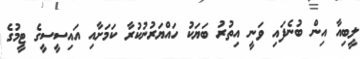
ލީބިއާ އިން ބުނެފައި ވަނީ އިތުރު ބަޔަކު ހައްޔަރުނުކުރާ ކަމަށާއި އައިސީސީގެ ޓީމުގެ